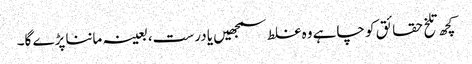
کچھ تلخ حقائق کو چاہے وہ غلط سمجھیں یا درست، بعینہ ماننا پڑے گا۔